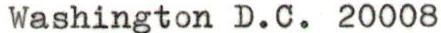
Washington D.C. 20008